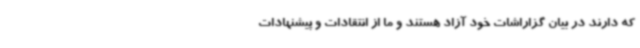
که دارند در بیان گزاراشات خود آزاد هستند و ما از انتقادات و پیشنهادات